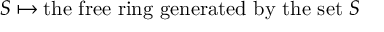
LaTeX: S \mapsto { \mathrm { t h e ~ f r e e ~ r i n g ~ g e n e r a t e d ~ b y ~ t h e ~ s e t ~ } } S